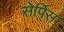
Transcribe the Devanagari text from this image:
सेर्पिस